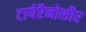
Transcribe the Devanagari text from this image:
टायेरैनोसौर